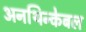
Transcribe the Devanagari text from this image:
अनथिन्केबल